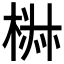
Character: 𣓙